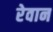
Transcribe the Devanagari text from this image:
रेवान